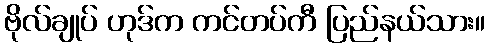
ဗိုလ်ချုပ် ဟုဒ်က ကင်တပ်ကီ ပြည်နယ်သား။